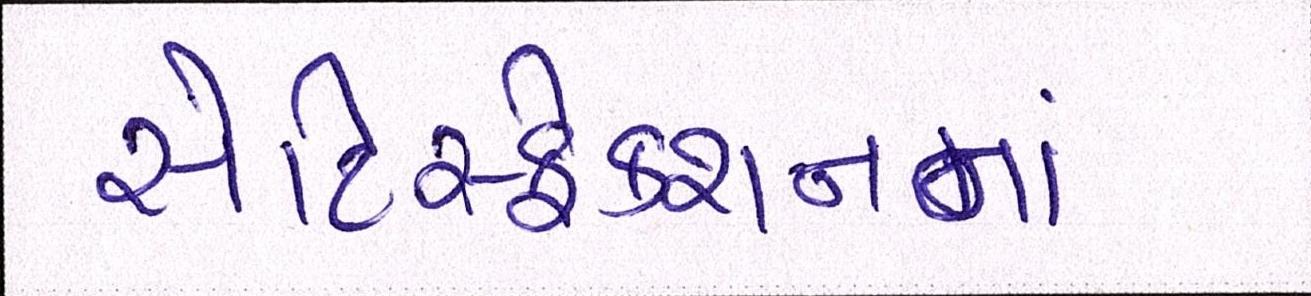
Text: સેટિસ્ફેક્શનનાં